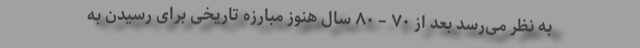
به نظر می‌رسد بعد از ۷۰ – ۸۰ سال هنوز مبارزه تاریخی برای رسیدن به